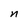
Character: n